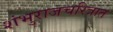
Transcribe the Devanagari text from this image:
शंभुराजचरित्रात